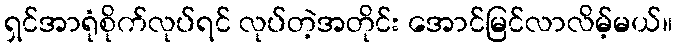
ရှင်အာရုံစိုက်လုပ်ရင် လုပ်တဲ့အတိုင်း အောင်မြင်လာလိမ့်မယ်။